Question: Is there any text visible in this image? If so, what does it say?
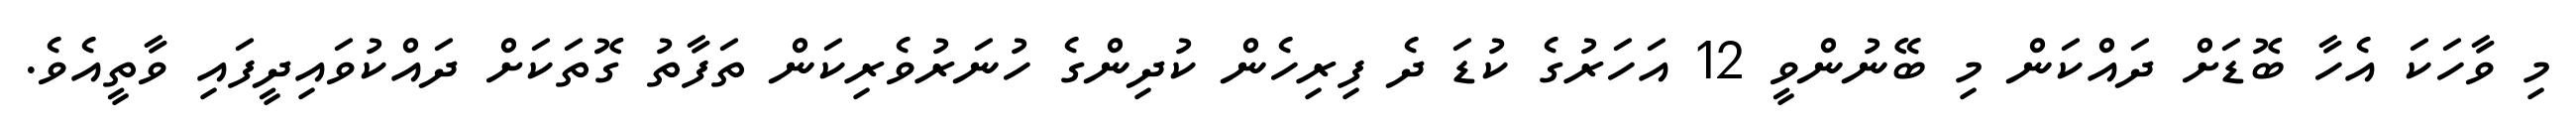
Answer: މި ވާހަކަ އެހާ ބޮޑަށް ދައްކަން މި ބޭނުންވީ 12 އަހަރުގެ ކުޑަ ދެ ފިރިހެން ކުދިންގެ ހުނަރުވެރިކަން ތަފާތު ގޮތަކަށް ދައްކުވައިދީފައި ވާތީއެވެ.